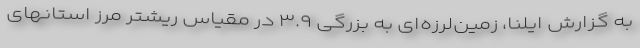
به گزارش ایلنا، زمین‌لرزه‌ای به بزرگی ۳.۹ در مقیاس ریشتر مرز استانهای